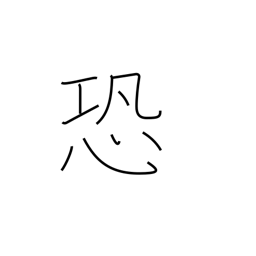
Meaning: awe